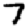
Digit: 7